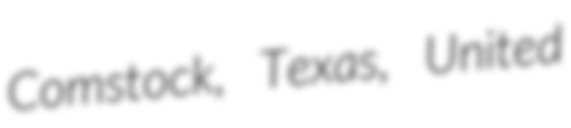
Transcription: Comstock, Texas, United